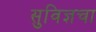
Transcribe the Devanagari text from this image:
सुविज्ञचा